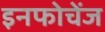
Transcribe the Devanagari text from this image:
इनफोचेंज